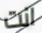
انت